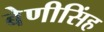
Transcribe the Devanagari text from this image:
बेणीसिंह